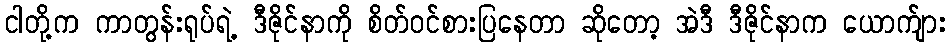
ငါတို့က ကာတွန်းရုပ်ရဲ့ ဒီဇိုင်နာကို စိတ်ဝင်စားပြနေတာ ဆိုတော့ အဲဒီ ဒီဇိုင်နာက ယောက်ျား